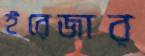
ইরেজার